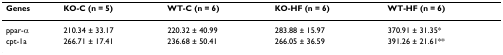
| Genes | KO-C (n = 5) | WT-C (n = 6) | KO-HF (n = 6) | WT-HF (n = 6) |
 | --- | --- | --- | --- | --- |
 | ppar-α | 210.34 ± 33.17 | 220.32 ± 40.99 | 283.88 ± 15.97 | 370.91 ± 31.35* |
 | cpt-1a | 266.71 ± 17.41 | 236.68 ± 50.41 | 266.05 ± 36.59 | 391.26 ± 21.61** |